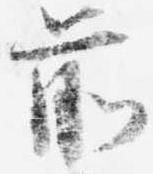
前